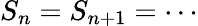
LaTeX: S_{n}=S_{n+1}=\cdots